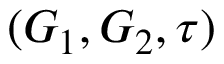
( G _ { 1 } , G _ { 2 } , \tau )